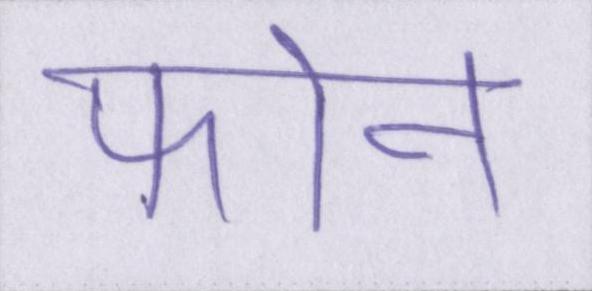
फोन